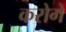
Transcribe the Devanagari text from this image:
करोगें